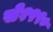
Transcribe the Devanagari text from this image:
से१९९०